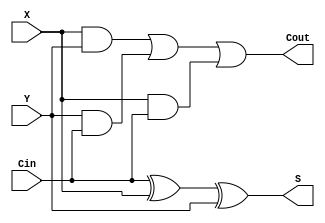
// This program was cloned from: https://github.com/ckugel/Reaction-Time-Game
// License: MIT License

`ifndef half_adder
	`define half_adder

module half_adder(X, Y, Cin, Cout, S);
  input X, Y, Cin;
  output Cout, S;

  assign Cout = (X & Y) | (Y & Cin) | (X & Cin);
  assign S = Cin ^ X ^ Y;
endmodule
`endif